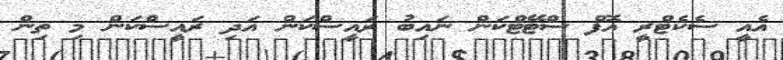
އެއީ ސެކެޓްރީ އޮފް ސްޓޭޓްކަން ނައިބު ރައީސްކަން އަދި ރައީސްކަން މި ތިން